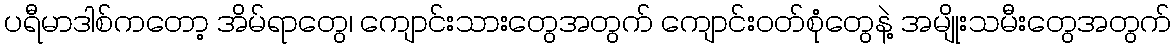
ပရီမာဒါစ်ကတော့ အိမ်ရာတွေ၊ ကျောင်းသားတွေအတွက် ကျောင်းဝတ်စုံတွေနဲ့ အမျိုးသမီးတွေအတွက်